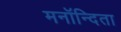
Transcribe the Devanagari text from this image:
मनॉन्दिता